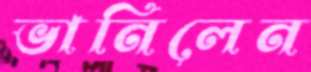
ভানিলেন